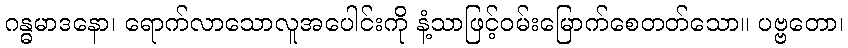
ဂန္ဓမာဒနော၊ ရောက်လာသောလူအပေါင်းကို နံ့သာဖြင့်ဝမ်းမြောက်စေတတ်သော။ ပဗ္ဗတော၊